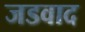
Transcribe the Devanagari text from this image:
जडवाद